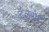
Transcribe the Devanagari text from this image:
टॅलबोट